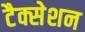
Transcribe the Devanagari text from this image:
टैक्सेशन